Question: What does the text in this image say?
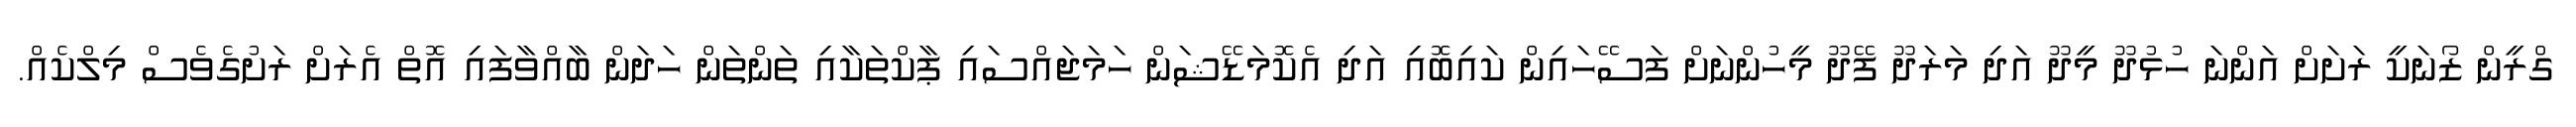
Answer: ގްރީން ޒޯނަކީ ރަށަށް އަންނަ ހުޅުދޫ މީދޫ އަދި މަރަދޫ ފޭދޫ މީހުންނަށް ފަސޭހައިން ކައިބޮއި އަދި އެކޮމަޑޭޝަން ހަމަޖައްސައި ޕާކްތަކާއި ތަންތަން ހަދަން ބާއްވާފައި އޮތް އެރަށް ރަށުގެވެސް މިލްކެއް.